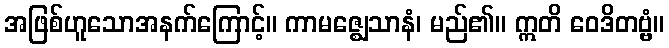
အဖြစ်ဟူသောအနက်ကြောင့်။ ကာမဇ္ဈေသာနံ၊ မည်၏။ ဣတိ ဝေဒိတဗ္ဗံ။